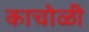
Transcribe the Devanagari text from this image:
काचोळी